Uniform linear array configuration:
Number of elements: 48
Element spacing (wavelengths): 1
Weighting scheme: hamming
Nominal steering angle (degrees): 45
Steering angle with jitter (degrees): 44.15
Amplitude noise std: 0.05
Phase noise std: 0.05

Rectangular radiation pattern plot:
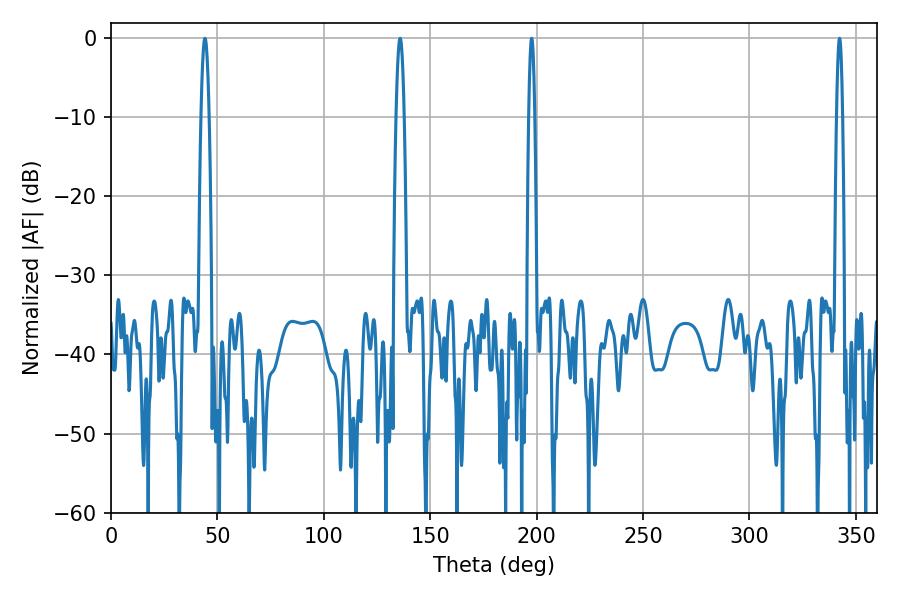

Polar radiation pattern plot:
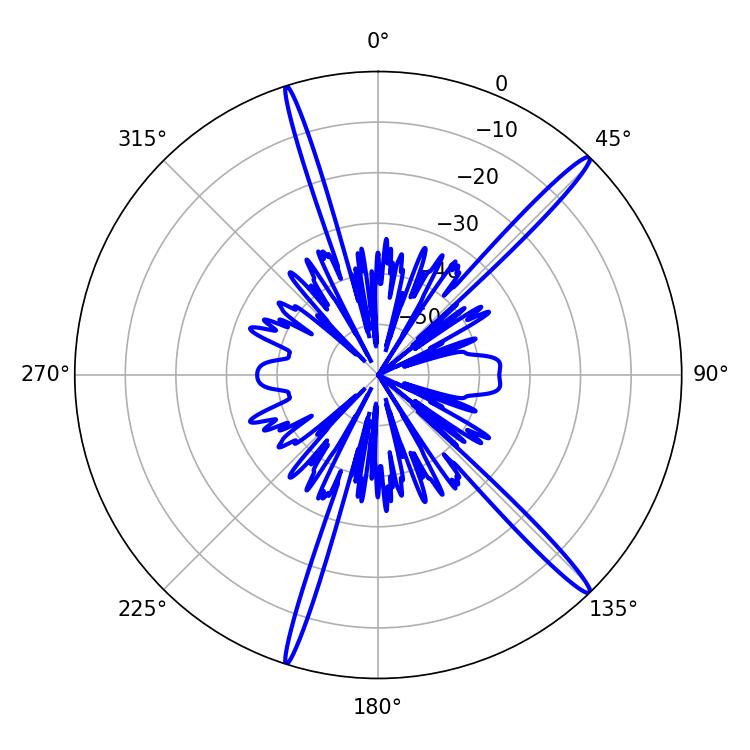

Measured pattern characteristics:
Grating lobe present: TRUE
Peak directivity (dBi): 17.256
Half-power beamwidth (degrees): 1.44
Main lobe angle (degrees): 197.64